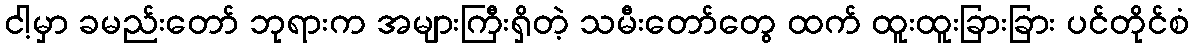
ငါ့မှာ ခမည်းတော် ဘုရားက အများကြီးရှိတဲ့ သမီးတော်တွေ ထက် ထူးထူးခြားခြား ပင်တိုင်စံ